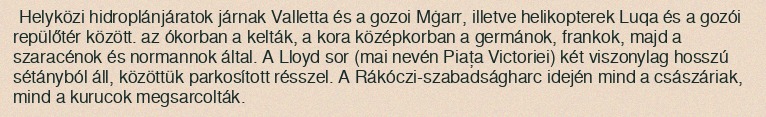
Helyközi hidroplánjáratok járnak Valletta és a gozoi Mġarr, illetve helikopterek Luqa és a gozói repülőtér között. az ókorban a kelták, a kora középkorban a germánok, frankok, majd a szaracénok és normannok által. A Lloyd sor (mai nevén Piața Victoriei) két viszonylag hosszú sétányból áll, közöttük parkosított résszel. A Rákóczi-szabadságharc idején mind a császáriak, mind a kurucok megsarcolták.